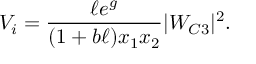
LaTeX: V _ { i } = \frac { \ell e ^ { g } } { ( 1 + b \ell ) x _ { 1 } x _ { 2 } } | W _ { C 3 } | ^ { 2 } .